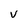
Character: V